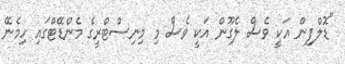
"ޑޮލްފިން އަކީ ވެސް ލެގޫން އަކީ ވެސް މި މިނިސްޓްރީގެ މެންޑޭޓްގައި ހިމެނޭ